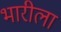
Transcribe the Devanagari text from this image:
भारीला